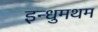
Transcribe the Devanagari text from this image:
इन्धुमथम